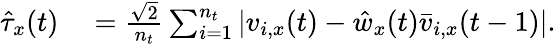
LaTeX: \begin{array}{rl}{\hat{\tau}_{x}(t)}&{{}=\frac{\sqrt{2}}{n_{t}}\sum_{i=1}^{n_{t}}|v_{i,x}(t)-\hat{w}_{x}(t)\bar{v}_{i,x}(t-1)|.}\end{array}